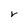
Character: V